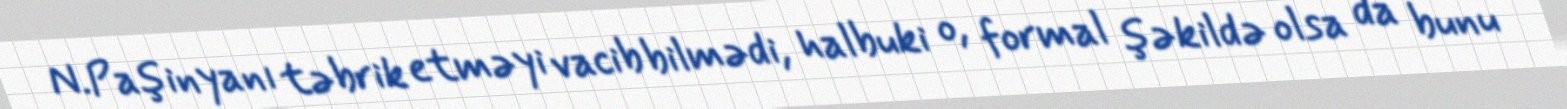
N.Paşinyanı təbrik etməyi vacib bilmədi, halbuki o, formal şəkildə olsa da bunu